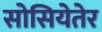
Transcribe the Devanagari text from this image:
सोसियेतेर